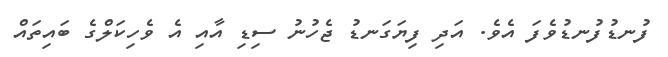
ފުނޑުފުނޑުވެފަ އެވެ. އަދި ފިޔަގަނޑު ޖެހުނު ސިޑި އާއި އެ ވެހިކަލްގެ ބައިތައް